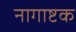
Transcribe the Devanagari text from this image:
नागाष्टक